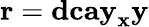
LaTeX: \mathbf{r}=\mathbf{dcay}_{\mathbf{x}}\mathbf{y}